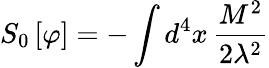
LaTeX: S_{0}\left[\varphi\right]=-\int d^{4}x\, \frac{M^{2}}{2\lambda^{2}}